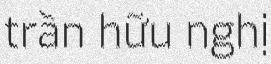
trần hữu nghị